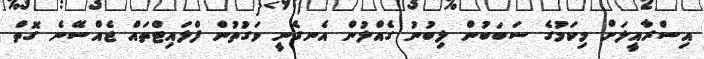
އިސްރާއީލަށް މިކަމުގެ ސަބަބުން ލިބުނު ގެއްލުން އެނގެނީ ވަގުތުން ފްލައިޓްތައް ޖެއްސޭނެ ގޮތް